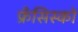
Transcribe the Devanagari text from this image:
फ्रँसिस्को